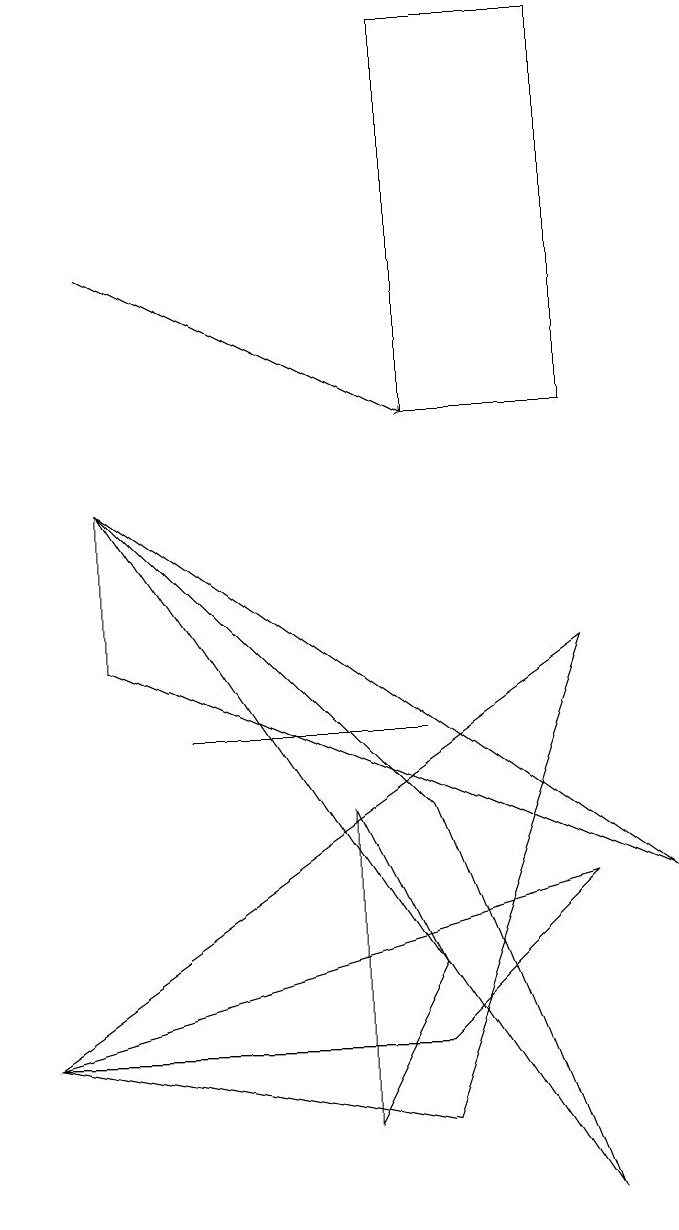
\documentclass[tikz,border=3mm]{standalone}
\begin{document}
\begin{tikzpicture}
\draw (8,0) -- (6,5) -- (2,9) -- cycle;
\draw (2,9) -- (2,7) -- (9,4) -- cycle;
\draw (8,7) -- (1,2) -- (6,1) -- cycle;
\draw (1,2) -- (8,4) -- (6,2) -- cycle;
\draw[->] (2,12) -- (6,10);
\draw (3,6) -- (3,6) -- (6,6) -- cycle;
\draw (8,10) rectangle (6,15);
\draw (5,1) -- (6,3) -- (5,5) -- cycle;
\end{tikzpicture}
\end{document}